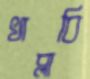
খাব্‌লাবি